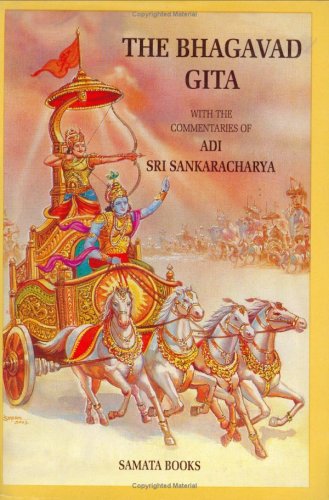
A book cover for The Bhagavad Gita with The Commentary of Sri Sankaracharya; Sri Sankaracharya; Religion & Spirituality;